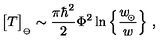
\big [ T \big ] _ { _ \ominus } \sim { \frac { \pi \hbar ^ { 2 } } { 2 } } \Phi ^ { 2 } \ln \Big \{ { \frac { w _ { \! _ { \odot } } } { w } } \Big \} \ ,